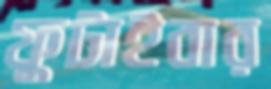
ফুটাইবার